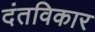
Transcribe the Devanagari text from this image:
दंतविकार